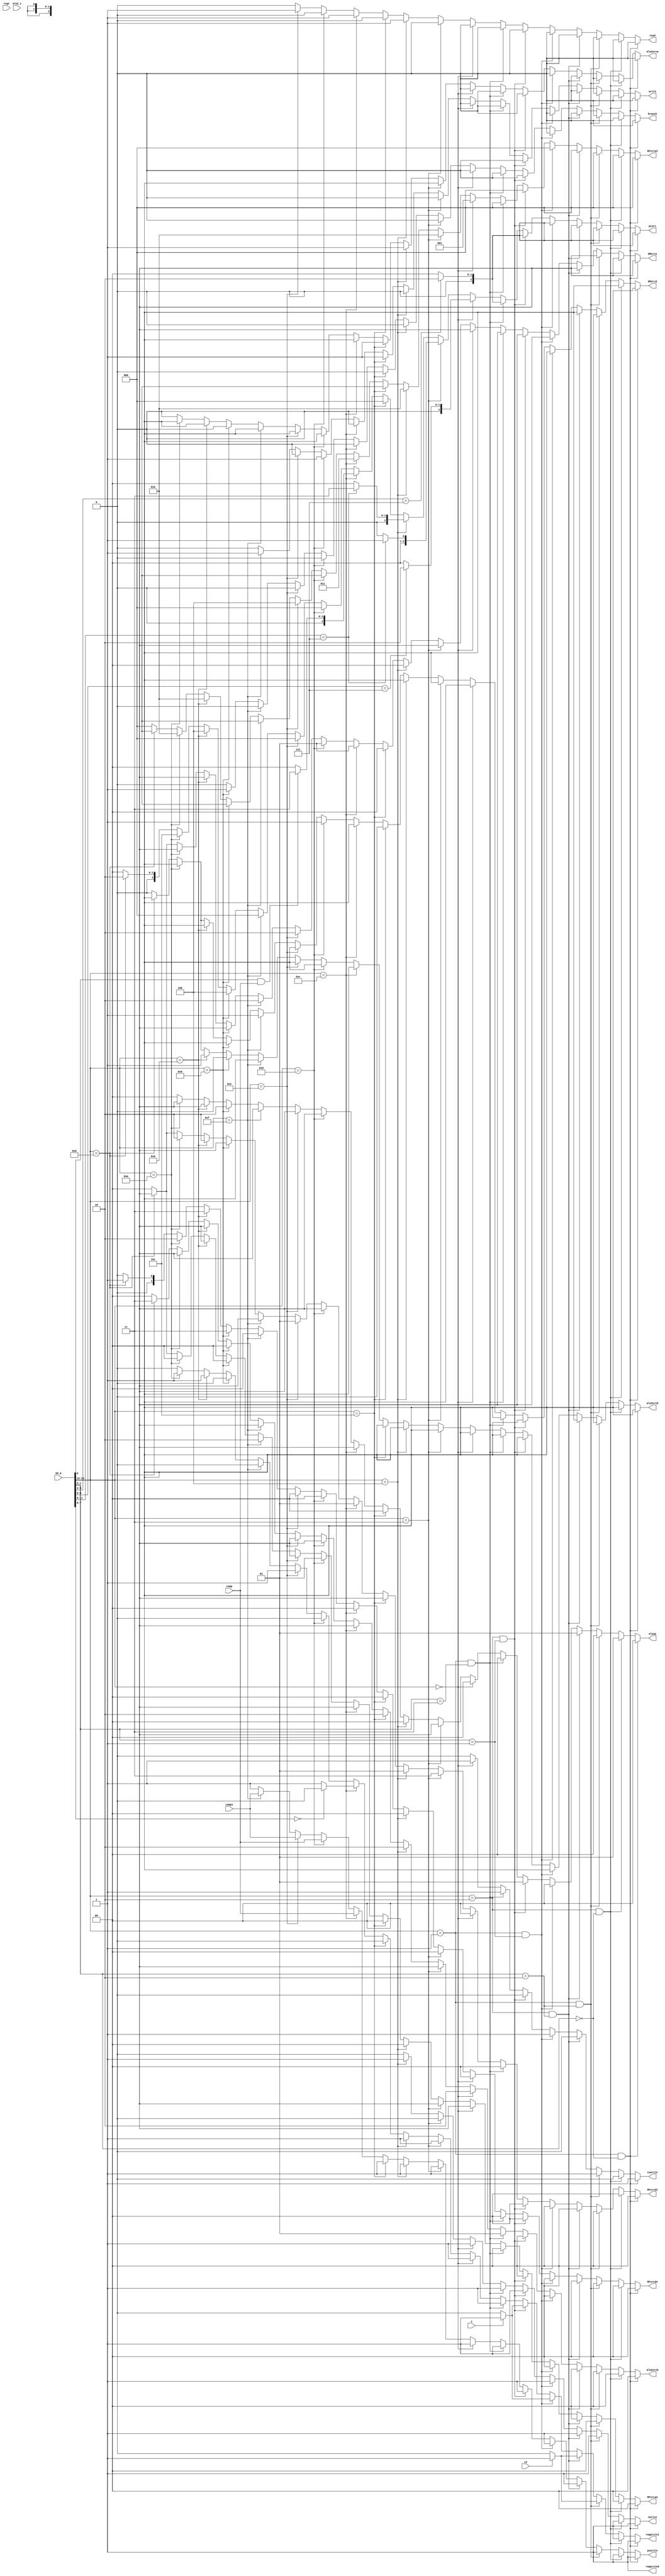
module controller_pp(regr,IM_d,comp,comp1,cy,z,alu2_z,pcwrite,regwrite1,regwrite0,read,write,cywrite,zwrite,alu2srca,alu3srcb,DMsrcd,aluop,RFsrca2,RFsrcd3,RFsrcd4,alu2srcb,DMsrca,pcsrc,RFsrca3,branch);
input [15:0] IM_d;
input [2:0] regr;
input comp,comp1,cy,z,alu2_z;
output reg pcwrite,regwrite1,regwrite0,read,write,cywrite,zwrite,alu2srca,alu3srcb,DMsrcd,branch;
output reg [1:0] aluop,RFsrca2,RFsrcd3,RFsrcd4,alu2srcb,DMsrca;
output reg [2:0] pcsrc,RFsrca3;

always @(*)
begin
if((IM_d[15:12]==4'b0001)&&(IM_d[1:0]==2'b00))// ADD
begin
pcwrite=1'b1;
pcsrc=(IM_d[5:3]==3'b111)?3'b010:3'b000;
RFsrca2=2'b00;
RFsrca3=3'b000;
RFsrcd3=2'b00;
RFsrcd4=2'b00;
//regwrite0=(IM_d[5:3]==3'b111)?1'b0:1'b1;
regwrite0=1'b1;
regwrite1=1'b1;
alu2srca=1'b0;
alu2srcb=2'b00;
aluop=2'b00;
DMsrca=2'bxx;
DMsrcd=1'bx;
read=1'b0;
write=1'b0;
alu3srcb=1'bx;
cywrite=1'b1;
zwrite=1'b1;
branch=1'b0;
end
else if((IM_d[15:12]==4'b0010)&&(IM_d[1:0]==2'b00))// NDU
begin
pcwrite=1'b1;
pcsrc=(IM_d[5:3]==3'b111)?3'b010:3'b000;
RFsrca2=2'b00;
RFsrca3=3'b000;
RFsrcd3=2'b00;
RFsrcd4=2'b00;
//regwrite0=(IM_d[5:3]==3'b111)?1'b0:1'b1;
regwrite0=1'b1;
regwrite1=1'b1;
alu2srca=1'b0;
alu2srcb=2'b00;
aluop=2'b01;
DMsrca=2'bxx;
DMsrcd=1'bx;
read=1'b0;
write=1'b0;
alu3srcb=1'bx;
cywrite=1'b0;
zwrite=1'b1;
branch=1'b0;
end
else if((IM_d[15:12]==4'b0001)&&(IM_d[1:0]==2'b10))// ADC
begin
pcwrite=1'b1;
pcsrc=(IM_d[5:3]==3'b111)?3'b010:3'b000;
RFsrca2=2'b00;
RFsrca3=3'b000;
RFsrcd3=2'b00;
RFsrcd4=2'b00;
//regwrite0=(IM_d[5:3]==3'b111)?1'b0:1'b1;
regwrite0=1'b1;
regwrite1=cy?1'b1:1'b0;
alu2srca=1'b0;
alu2srcb=2'b00;
aluop=2'b00;
DMsrca=2'bxx;
DMsrcd=1'bx;
read=1'b0;
write=1'b0;
alu3srcb=1'bx;
cywrite=1'b1;
zwrite=1'b1;
branch=1'b0;
end
else if((IM_d[15:12]==4'b0010)&&(IM_d[1:0]==2'b10))// NDC
begin
pcwrite=1'b1;
pcsrc=(IM_d[5:3]==3'b111)?3'b010:3'b000;
RFsrca2=2'b00;
RFsrca3=3'b000;
RFsrcd3=2'b00;
RFsrcd4=2'b00;
//regwrite0=(IM_d[5:3]==3'b111)?1'b0:1'b1
regwrite0=1'b1;
regwrite1=cy?1'b1:1'b0;
alu2srca=1'b0;
alu2srcb=2'b00;
aluop=2'b01;
DMsrca=2'bxx;
DMsrcd=1'bx;
read=1'b0;
write=1'b0;
alu3srcb=1'bx;
cywrite=1'b0;
zwrite=1'b1;
branch=1'b0;

end
else if((IM_d[15:12]==4'b0001)&&(IM_d[1:0]==2'b01))// ADZ
begin
pcwrite=1'b1;
pcsrc=(IM_d[5:3]==3'b111)?3'b010:3'b000;
RFsrca2=2'b00;
RFsrca3=3'b000;
RFsrcd3=2'b00;
RFsrcd4=2'b00;
//regwrite0=(IM_d[5:3]==3'b111)?1'b0:1'b1;
regwrite0=1'b1;
regwrite1=z?1'b1:1'b0;
alu2srca=1'b0;
alu2srcb=2'b00;
aluop=2'b00;
DMsrca=2'bxx;
DMsrcd=1'bx;
read=1'b0;
write=1'b0;
alu3srcb=1'bx;
cywrite=1'b1;
zwrite=1'b1;
branch=1'b0;

end
else if((IM_d[15:12]==4'b0010)&&(IM_d[1:0]==2'b01))// NDC
begin
pcwrite=1'b1;
pcsrc=(IM_d[5:3]==3'b111)?3'b010:3'b000;
RFsrca2=2'b00;
RFsrca3=3'b000;
RFsrcd3=2'b00;
RFsrcd4=2'b00;
//regwrite0=(IM_d[5:3]==3'b111)?1'b0:1'b1
regwrite0=1'b1;
regwrite1=z?1'b1:1'b0;
alu2srca=1'b0;
alu2srcb=2'b00;
aluop=2'b01;
DMsrca=2'bxx;
DMsrcd=1'bx;
read=1'b0;
write=1'b0;
alu3srcb=1'bx;
cywrite=1'b0;
zwrite=1'b1;
branch=1'b0;

end
else if((IM_d[15:12]==4'b0001)&&(IM_d[1:0]==2'b11))// ADL
begin
pcwrite=1'b1;
pcsrc=(IM_d[5:3]==3'b111)?3'b010:3'b000;
RFsrca2=2'b00;
RFsrca3=3'b000;
RFsrcd3=2'b00;
RFsrcd4=2'b00;
//regwrite0=(IM_d[5:3]==3'b111)?1'b0:1'b1
regwrite0=1'b1;
regwrite1=1'b1;
alu2srca=1'b0;
alu2srcb=2'b01;
aluop=2'b00;
DMsrca=2'bxx;
DMsrcd=1'bx;
read=1'b0;
write=1'b0;
alu3srcb=1'bx;
cywrite=1'b1;
zwrite=1'b1;
branch=1'b0;

end
else if(IM_d[15:12]==4'b0000)// ADI
begin
pcwrite=1'b1;
pcsrc=(IM_d[8:6]==3'b111)?3'b010:3'b000;
RFsrca2=2'bxx;
RFsrca3=3'b001;
RFsrcd3=2'b00;
RFsrcd4=2'b00;
//regwrite0=(IM_d[8:6]==3'b111)?1'b0:1'b1;
regwrite0=1'b1;
regwrite1=1'b1;
alu2srca=1'b0;
alu2srcb=2'b10;
aluop=2'b00;
DMsrca=2'bxx;
DMsrcd=1'bx;
read=1'b0;
write=1'b0;
alu3srcb=1'bx;
cywrite=1'b1;
zwrite=1'b1;
branch=1'b0;

end
else if(IM_d[15:12]==4'b0011)// LHI
begin
pcwrite=1'b1;
pcsrc=(IM_d[11:9]==3'b111)?3'b001:3'b000;
RFsrca2=2'bxx;
RFsrca3=3'b010;
RFsrcd3=2'b11;
RFsrcd4=2'b00;
//regwrite0=(IM_d[11:9]==3'b111)?1'b0:1'b1;
regwrite0=1'b1;
regwrite1=1'b1;
alu2srca=1'bx;
alu2srcb=2'bxx;
aluop=2'bxx;
DMsrca=2'bxx;
DMsrcd=1'bx;
read=1'b0;
write=1'b0;
alu3srcb=1'bx;
cywrite=1'b0;
zwrite=1'b0;
branch=1'b0;

end
else if(IM_d[15:12]==4'b0100)// LW
begin
pcwrite=1'b1;
pcsrc=(IM_d[11:9]==3'b111)?3'b011:3'b000;
RFsrca2=2'b00;
RFsrca3=3'b010;
RFsrcd3=2'b01;
RFsrcd4=2'b00;
//regwrite0=(IM_d[11:9]==3'b111)?1'b0:1'b1;
regwrite0=1'b1;
regwrite1=1'b1;
alu2srca=1'b1;
alu2srcb=2'b10;
aluop=2'b00;
DMsrca=2'b00;
DMsrcd=1'bx;
read=1'b1;
write=1'b0;
alu3srcb=1'bx;
cywrite=1'b0;
zwrite=1'b1;
branch=1'b0;

end
else if(IM_d[15:12]==4'b0101)// SW
begin
pcwrite=1'b1;
pcsrc=3'b000;
RFsrca2=2'b00;
RFsrca3=3'bxxx;
RFsrcd3=2'bxx;
RFsrcd4=2'b00;
regwrite0=1'b1;
regwrite1=1'b0;
alu2srca=1'b1;
alu2srcb=2'b10;
aluop=2'b00;
DMsrca=2'b00;
DMsrcd=1'b0;
read=1'b0;
write=1'b1;
alu3srcb=1'bx;
cywrite=1'b0;
zwrite=1'b0;
branch=1'b0;

end
else if(IM_d[15:12]==4'b1100)// LM
begin
pcwrite=comp;
pcsrc=((IM_d[0]==1'b1)&(comp==1'b1))?3'b011:3'b000;
RFsrca2=2'bxx;
RFsrca3=3'b011;
RFsrcd3=2'b01;
RFsrcd4=2'b00;
//regwrite0=comp;
regwrite0=1'b1;
regwrite1=(IM_d[7:0]==8'b0)?1'b0:1'b1;
alu2srca=1'bx;
alu2srcb=2'bxx;
aluop=2'bxx;
DMsrca=2'b01;
DMsrcd=1'bx;
read=1'b1;
write=1'b0;
alu3srcb=1'bx;
cywrite=1'b0;
zwrite=1'b0;
branch=1'b0;

end
else if(IM_d[15:12]==4'b1101)// SM
begin
pcwrite=comp;
pcsrc=3'b000;
RFsrca2=2'b01;
RFsrca3=3'bxxx;
RFsrcd3=2'bxx;
RFsrcd4=2'b00;
//regwrite0=comp;
regwrite0=1'b1;
regwrite1=1'b0;
alu2srca=1'bx;
alu2srcb=2'bxx;
aluop=2'bxx;
DMsrca=2'b01;
DMsrcd=1'b1;
read=1'b0;
write=1'b1;
alu3srcb=1'bx;
cywrite=1'b0;
zwrite=1'b0;
branch=1'b0;

end
else if(IM_d[15:12]==4'b1110)// LA
begin
pcwrite=comp1;
pcsrc=3'b000;
RFsrca2=2'bxx;
RFsrca3=3'b100;
RFsrcd3=2'b01;
RFsrcd4=2'b00;
//regwrite0=comp1;
regwrite0=1'b1;
regwrite1=1'b1;
alu2srca=1'bx;
alu2srcb=2'bxx;
aluop=2'bxx;
DMsrca=2'b10;
DMsrcd=1'bx;
read=1'b1;
write=1'b0;
alu3srcb=1'bx;
cywrite=1'b0;
zwrite=1'b0;
branch=1'b0;

end
else if(IM_d[15:12]==4'b1111)// SA
begin
pcwrite=comp1;
pcsrc=3'b000;
RFsrca2=2'b10;
RFsrca3=3'bxxx;
RFsrcd3=2'bxx;
RFsrcd4=2'b00;
//regwrite0=comp1;
regwrite0=1'b1;
regwrite1=1'b0;
alu2srca=1'bx;
alu2srcb=2'bxx;
aluop=2'bxx;
DMsrca=2'b10;
DMsrcd=1'b1;
read=1'b0;
write=1'b1;
alu3srcb=1'bx;
cywrite=1'b0;
zwrite=1'b0;
branch=1'b0;

end
else if(IM_d[15:12]==4'b1000)// BEQ
begin
pcwrite=1'b1;
pcsrc=3'b100;
RFsrca2=2'b00;
RFsrca3=3'bxxx;
RFsrcd3=2'bxx;
RFsrcd4=2'b11;
regwrite0=1'b1;
regwrite1=1'b0;
alu2srca=1'b0;
alu2srcb=2'b00;
aluop=2'b10;
DMsrca=2'bxx;
DMsrcd=1'bx;
read=1'b0;
write=1'b0;
alu3srcb=1'b0;
cywrite=1'b0;
zwrite=1'b0;
branch=1'b1;

end
else if(IM_d[15:12]==4'b1001)// JAL
begin
pcwrite=1'b1;
pcsrc=3'b100;
RFsrca2=2'bxx;
RFsrca3=3'b010;
RFsrcd3=2'b10;
RFsrcd4=2'b11;
regwrite0=1'b1;
regwrite1=1'b1;// dest cant be r7
alu2srca=1'bx;
alu2srcb=2'bxx;
aluop=2'bxx;
DMsrca=2'bxx;
DMsrcd=1'bx;
read=1'b0;
write=1'b0;
alu3srcb=1'b1;
cywrite=1'b0;
zwrite=1'b0;
branch=1'b0;

end

else if(IM_d[15:12]==4'b1010)// JLR
begin
pcwrite=1'b1;
pcsrc=3'b101;
RFsrca2=2'b00;
RFsrca3=3'b010;
RFsrcd3=2'b10;
RFsrcd4=2'b10;
regwrite0=1'b1;
regwrite1=1'b1;// dest cant be r7
alu2srca=1'bx;
alu2srcb=2'bxx;
aluop=2'bxx;
DMsrca=2'bxx;
DMsrcd=1'bx;
read=1'b0;
write=1'b0;
alu3srcb=1'bx;
cywrite=1'b0;
zwrite=1'b0;
branch=1'b0;
end

else if(IM_d[15:12]==4'b1011)// JRI
begin
pcwrite=1'b1;
pcsrc=3'b010;
RFsrca2=2'bxx;
RFsrca3=3'bxxx;
RFsrcd3=2'bxx;
RFsrcd4=2'b01;
regwrite0=1'b1;
regwrite1=1'b0;
alu2srca=1'b0;
alu2srcb=2'b11;
aluop=2'b00;
DMsrca=2'bxx;
DMsrcd=1'bx;
read=1'b0;
write=1'b0;
alu3srcb=1'bx;
cywrite=1'b0;
zwrite=1'b0;
branch=1'b0;

end

else if(IM_d[15:12]==4'b0110)// NOP
begin
pcwrite=1'b1;
pcsrc=3'b0;
RFsrca2=2'b0;
RFsrca3=3'b0;
RFsrcd3=2'b0;
RFsrcd4=2'b0;
regwrite0=1'b1;
regwrite1=1'b0;
alu2srca=1'b0;
alu2srcb=2'b0;
aluop=2'b00;
DMsrca=2'b0;
DMsrcd=1'b0;
read=1'b0;
write=1'b0;
alu3srcb=1'b0;
cywrite=1'b0;
zwrite=1'b0;
branch=1'b0;

end

else
begin
pcwrite=1'b1;
pcsrc=3'b000;
RFsrca2=2'b00;
RFsrca3=3'b000;
RFsrcd3=2'b00;
RFsrcd4=2'b00;
regwrite0=1'b1;
regwrite1=1'b0;
alu2srca=1'b0;
alu2srcb=2'b00;
aluop=2'b00;
DMsrca=2'b00;
DMsrcd=1'b0;
read=1'b0;
write=1'b0;
alu3srcb=1'b0;
cywrite=1'b0;
zwrite=1'b0;
branch=1'b0;
end
end

endmodule